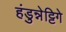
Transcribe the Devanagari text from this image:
हंडुन्नेट्टिगे